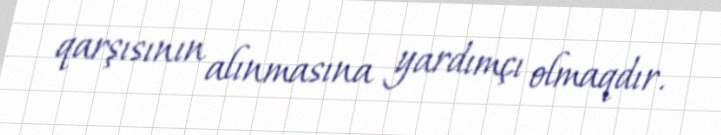
qarşısının alınmasına yardımçı olmaqdır.